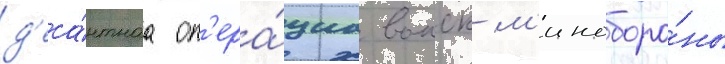
д'еса́нтнаа оп'ера́циа воиск м'иноборо́ны